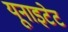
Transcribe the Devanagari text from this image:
यूनाइटेट